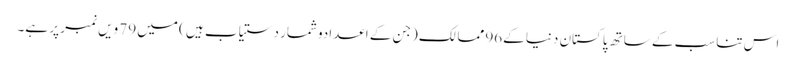
اس تناسب کے ساتھ پاکستان دنیا کے96 ممالک (جن کے اعدادوشمار دستیاب ہیں ) میں 79 ویں نمبر پر ہے۔